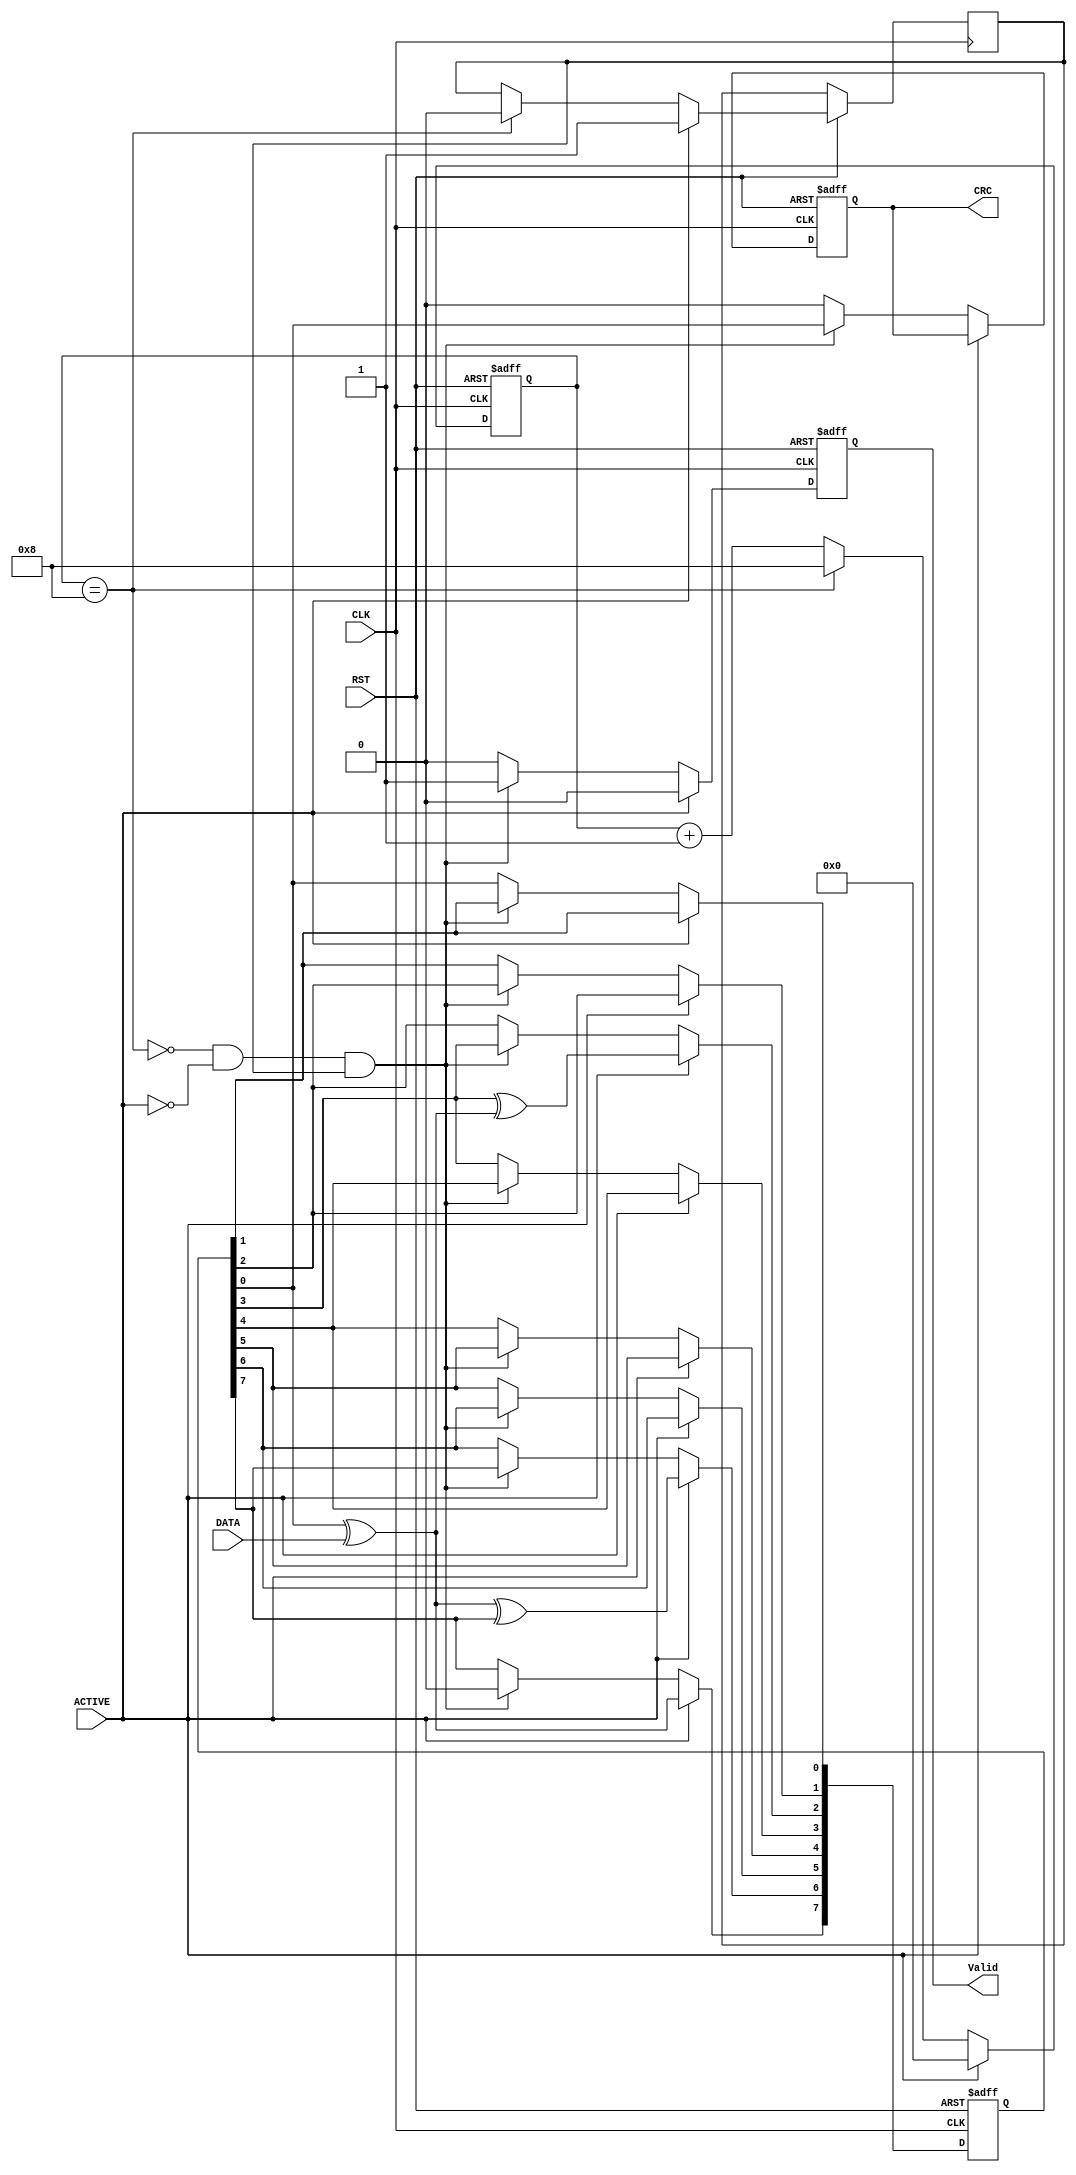
module CRC 
(
input wire  DATA,
input wire ACTIVE,
input wire CLK,
input wire RST,
output reg CRC,
output reg Valid

);

reg [7:0] LFSR;
reg [3:0] count;
wire feed_back;
reg tmp ;
wire ok;

assign feed_back = LFSR[0] ^ DATA;

always@(posedge CLK or negedge RST )
 begin
	if(!RST)
		begin
			LFSR   <=  8'hD8;
			Valid  <=  1'b0;
			CRC    <=  1'b0;
		end
	else if (ACTIVE)
		begin
			LFSR[7] <= feed_back;
			LFSR[6] <= feed_back ^ LFSR[7];
			LFSR[5] <= LFSR[6];
			LFSR[4] <= LFSR[5];
			LFSR[3] <= LFSR[4];
			LFSR[2] <= LFSR[3] ^ feed_back ;
			LFSR[1] <= LFSR[2];
			LFSR[0] <= LFSR[1];
			Valid  <= 1'b0;

		end	
			
	else if(ok)
			begin
				Valid  <= 1'b1;
				CRC    <= LFSR[0] ;
				LFSR[0]<= LFSR[1] ;
				LFSR[1]<= LFSR[2] ;
				LFSR[2]<= LFSR[3] ;
				LFSR[3]<= LFSR[4] ;
				LFSR[4]<= LFSR[5] ;
				LFSR[5]<= LFSR[6] ;
				LFSR[6]<= LFSR[7] ;
				LFSR[7] <= 1'b0 ;
			end
		else
			begin
				CRC    <= 1'b0;
				Valid  <= 1'b0;
			end
				
end		
 assign ok = (!( count == 5'b1000 ) && ( !(ACTIVE)) && (tmp)); 
/*
always@(*)
 begin
	if ((!ACTIVE) && (tmp) &&(!(count==5'b1001)))
		ok <= 1'b1;
	else
		ok <= 1'b0;
 end
*/
always@(posedge CLK or negedge RST)
 begin
 if(!RST)
	count  <= 5'b1000;
 else if (ACTIVE)
  begin			
	tmp <= 1'b1;
	count <= 5'b0;
  end
 else if(!(count==5'b1000))	
		begin
			count <= count + 5'b1;
		end
 else
		begin
				count <= 5'b1000;
				tmp <= 1'b0;
		end
end
endmodule